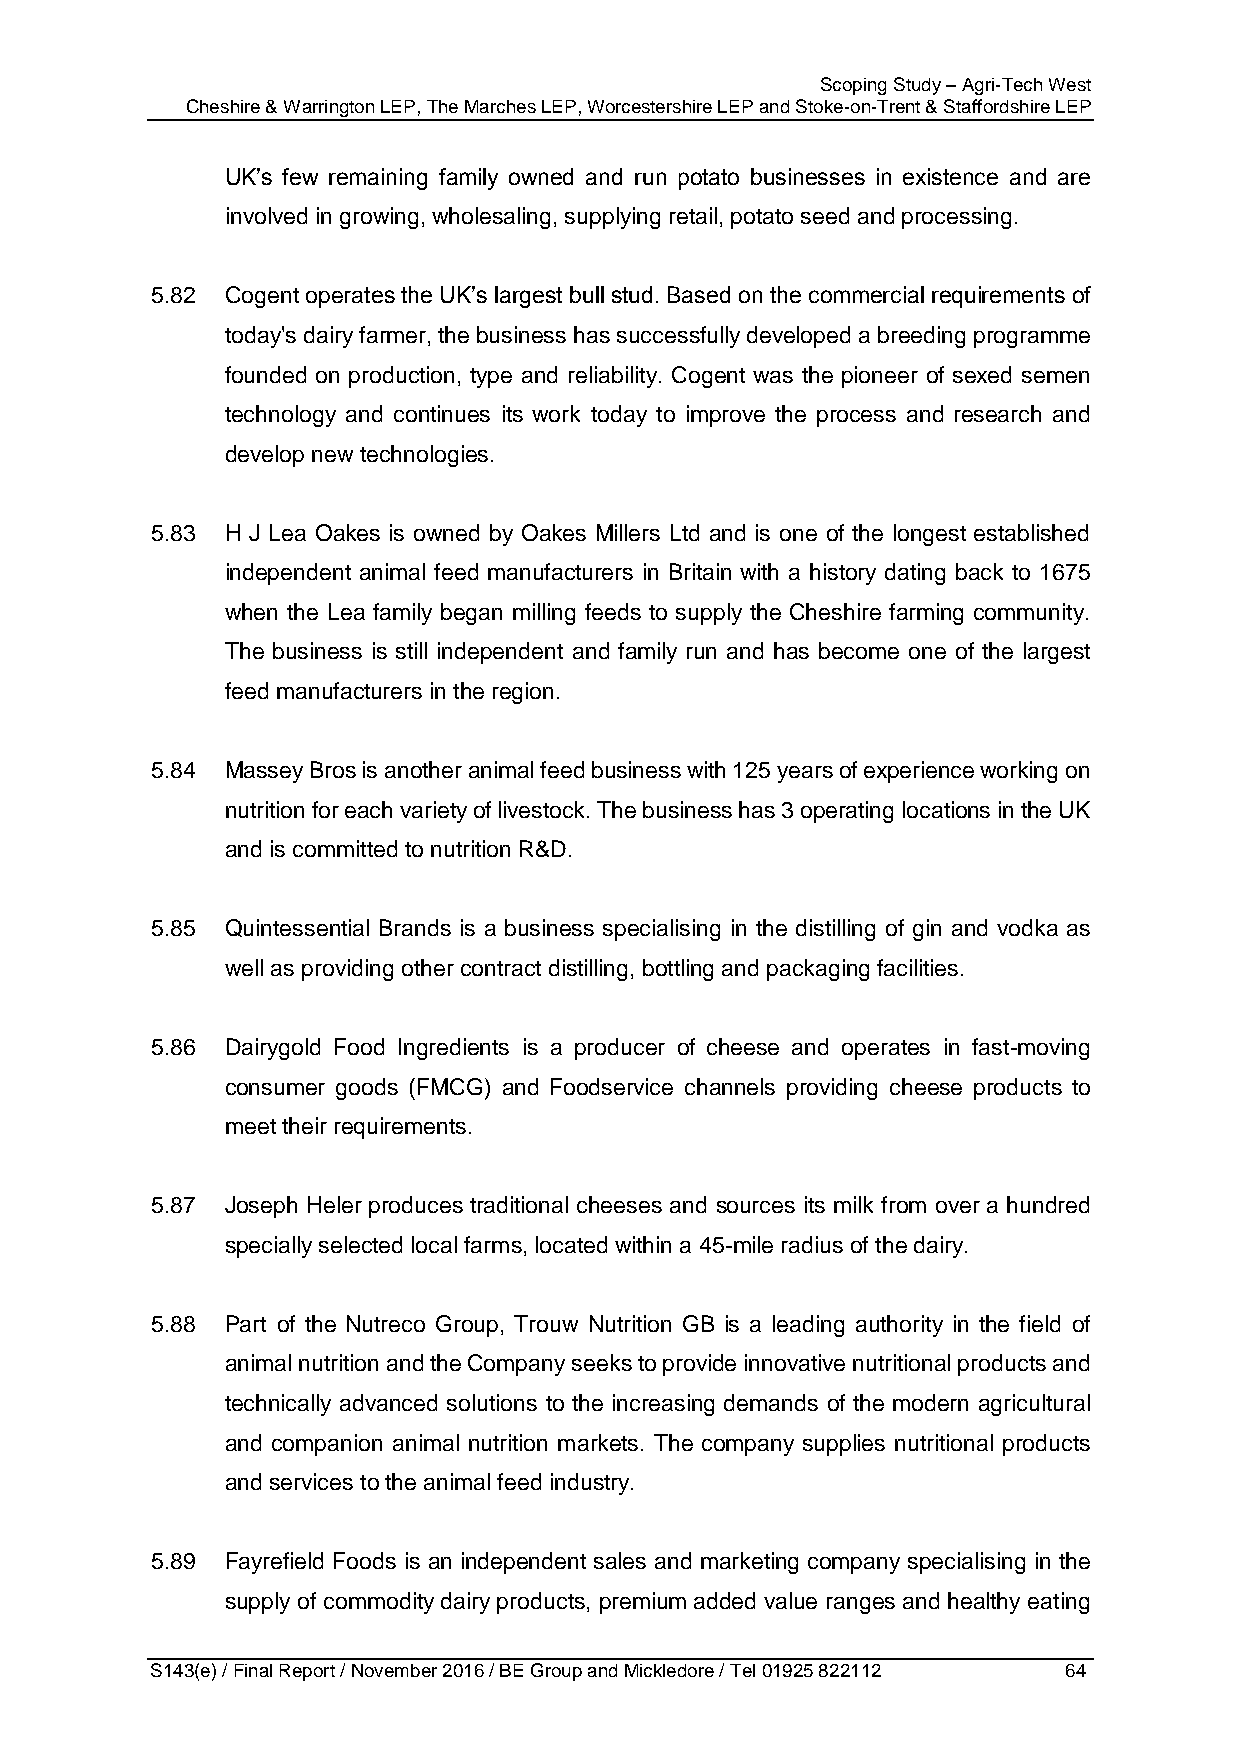
Scoping Study – Agri-Tech West
 Cheshire & Warrington LEP, The Marches LEP, Worcestershire LEP and Stoke-on-Trent & Staffordshire LEP
 UK’s few remaining family owned and run potato businesses in existence and are
 involved in growing, wholesaling, supplying retail, potato seed and processing.
 5.82 Cogent operates the UK’s largest bull stud. Based on the commercial requirements of
 today's dairy farmer, the business has successfully developed a breeding programme
 founded on production, type and reliability. Cogent was the pioneer of sexed semen
 technology and continues its work today to improve the process and research and
 develop new technologies.
 5.83 H J Lea Oakes is owned by Oakes Millers Ltd and is one of the longest established
 independent animal feed manufacturers in Britain with a history dating back to 1675
 when the Lea family began milling feeds to supply the Cheshire farming community.
 The business is still independent and family run and has become one of the largest
 feed manufacturers in the region.
 5.84 Massey Bros is another animal feed business with 125 years of experience working on
 nutrition for each variety of livestock. The business has 3 operating locations in the UK
 and is committed to nutrition R&D.
 5.85 Quintessential Brands is a business specialising in the distilling of gin and vodka as
 well as providing other contract distilling, bottling and packaging facilities.
 5.86 Dairygold Food Ingredients is a producer of cheese and operates in fast-moving
 consumer goods (FMCG) and Foodservice channels providing cheese products to
 meet their requirements.
 5.87 Joseph Heler produces traditional cheeses and sources its milk from over a hundred
 specially selected local farms, located within a 45-mile radius of the dairy.
 5.88 Part of the Nutreco Group, Trouw Nutrition GB is a leading authority in the field of
 animal nutrition and the Company seeks to provide innovative nutritional products and
 technically advanced solutions to the increasing demands of the modern agricultural
 and companion animal nutrition markets. The company supplies nutritional products
 and services to the animal feed industry.
 5.89 Fayrefield Foods is an independent sales and marketing company specialising in the
 supply of commodity dairy products, premium added value ranges and healthy eating
 S143(e) / Final Report / November 2016 / BE Group and Mickledore / Tel 01925 822112 64